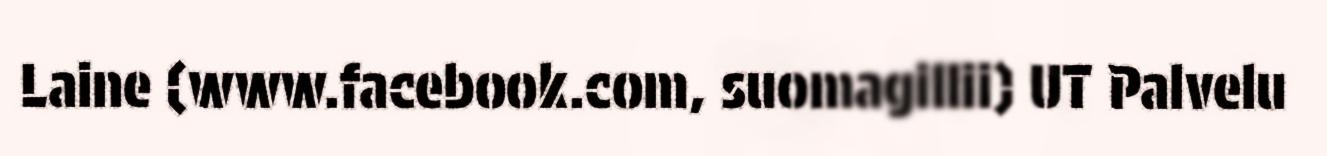
Laine (www.facebook.com, suomagillii) UT Palvelu